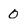
Character: 0